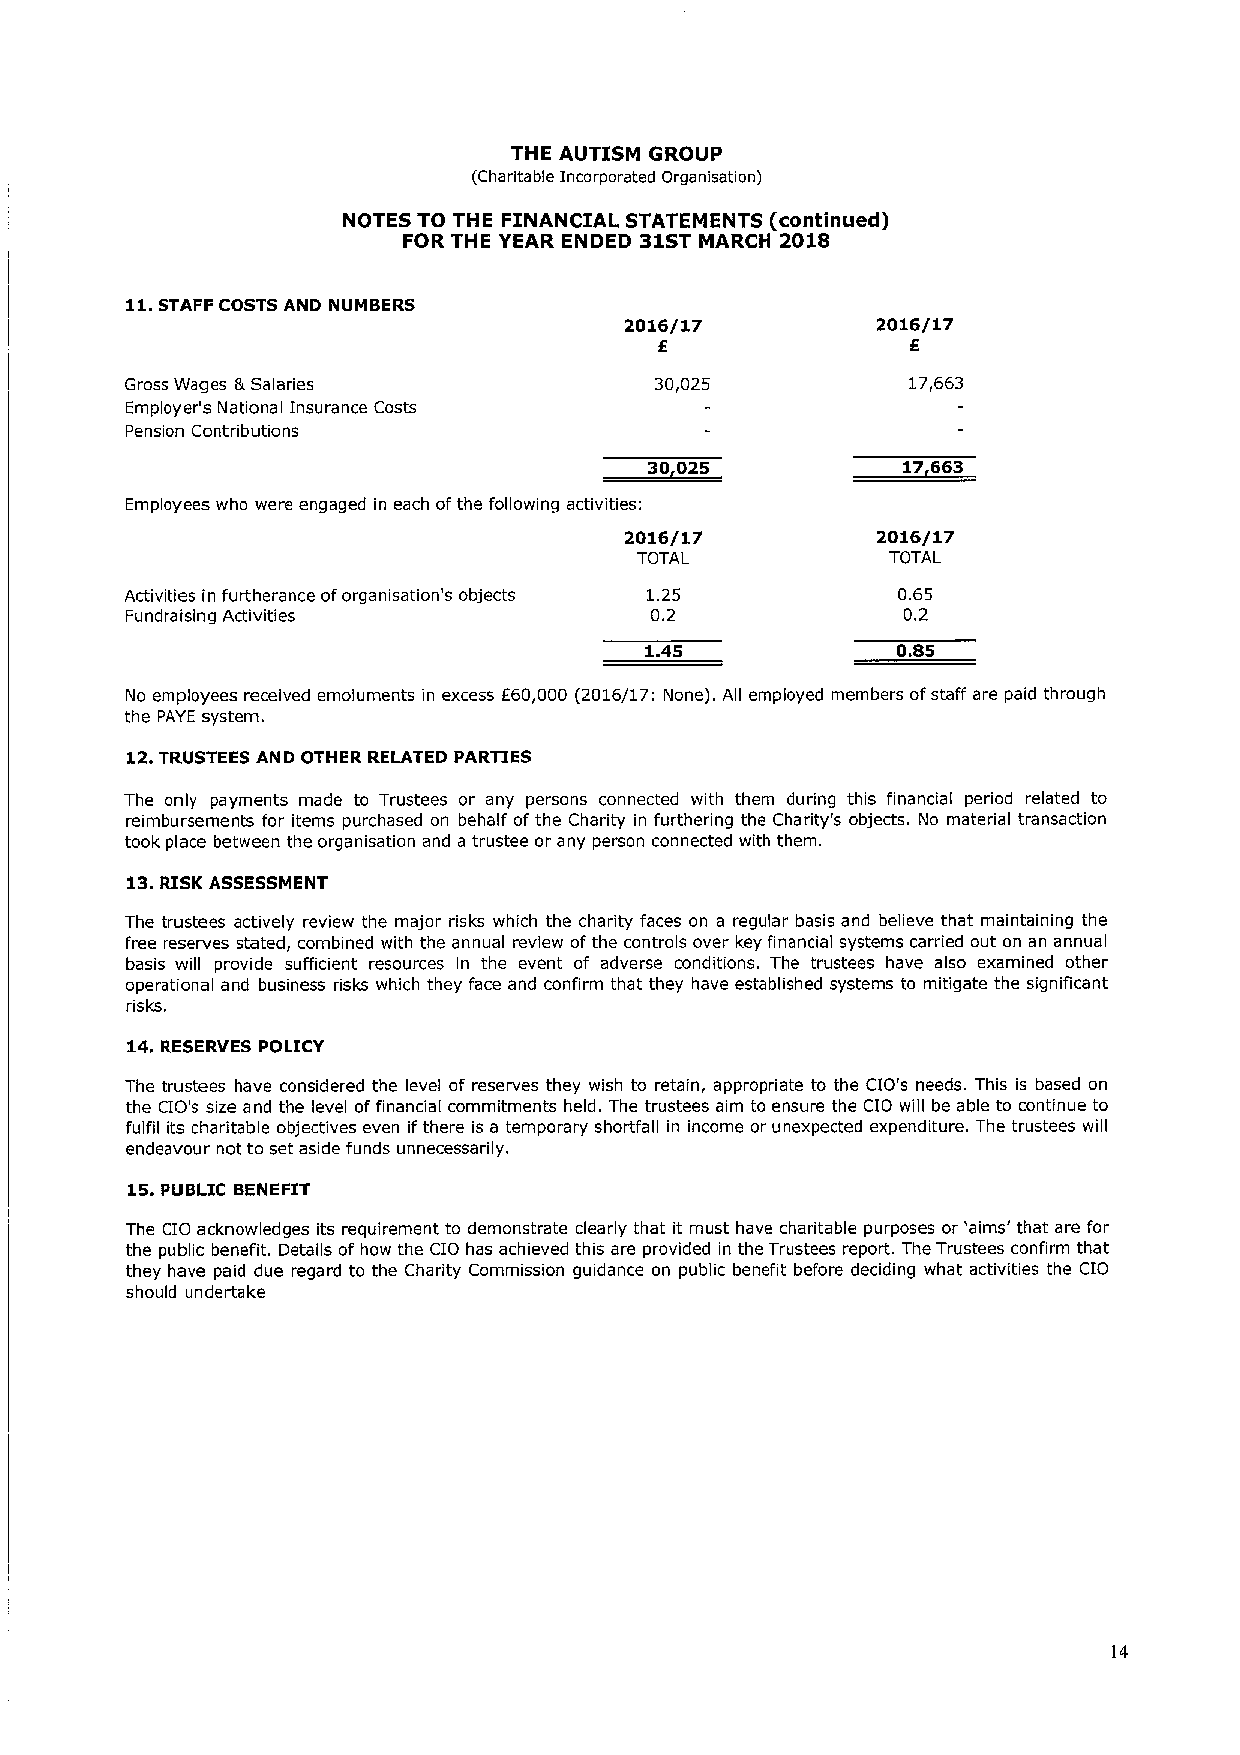
THE AUTISM GROUP
 (Charitable Incorporated Organisation)
 NOTES TO THE FINANCIAL STATEMENTS (continued)
 FOR THE YEAR ENDED 31STMARCH 2018
 ll.
 STAFF COSTS AND NUMBERS
 2016/17          2016/17
 E               E
 Gross Wages 8i Salaries            30,025           17,663
 Employer's National Insurance Costs
 Pension Contributions
 30 035           17663
 Employees who were engaged in each ofthe following activities:
 2016/17          2016/17
 TOTAL            TOTAL
 Activities in furtherance oforganisation's objects 1.25 0.65
 Fundraislng Activities             0.2              0.2
 1.45            0.85
 No employees received emoluments in excess E60,000 (2016/17: None). All employed members ofstaff are paid through
 the PAYE system.
 12.TRUSTEES AND OTHER RELATED PARTIES
 The only payments made to Trustees or any persons connected with them during this financial period related to
 reimbursements for items purchased on behalf ofthe Charity in furthering the Charity's objects. No material transaction
 took place between the organisation and a trustee or any person connected with them.
 13.RISK ASSESSMENT
 The trustees actively review the major risks which the charity faces on a regular basis and believe that maintaining the
 free reserves stated, combined with the annual review of the controls over key financial systems carried out on an annual
 basis will provide sufficient resources in the event of adverse conditions. The trustees have also examined other
 operational and business risks which they face and confirm that they have established systems to mitigate the significant
 risks,
 14.RESERVES POLICY
 The trustees have considered the level of reserves they wish to retain, appropriate to the CIO's needs. This is based on
 the CIO's size and the level of financial commitments held. The trustees aim to ensure the CIO will be able to continue to
 fulfil its charitable objectives even if there is a temporary shortfall in income or unexpected expenditure. The trustees will
 endeavour not to set aside funds unnecessarily.
 15.PUBLIC BENEFIT
 The CIO acknowledges its requirement to demonstrate clearly that it must have charitable purposes or 'aims' that are for
 the public benefit. Details of how the CIO has achieved this are provided in the Trustees report. The Trustees confirm that
 they have paid due regard to the Charity Commission guidance on public benefit before deciding what activities the CIO
 should undertake
 14